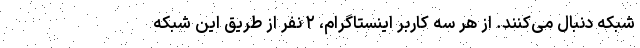
شبکه دنبال می‌کنند. از هر سه کاربر اینستاگرام، ۲ نفر از طریق این شبکه